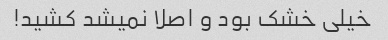
خیلی خشک بود و اصلا نمیشد کشید!